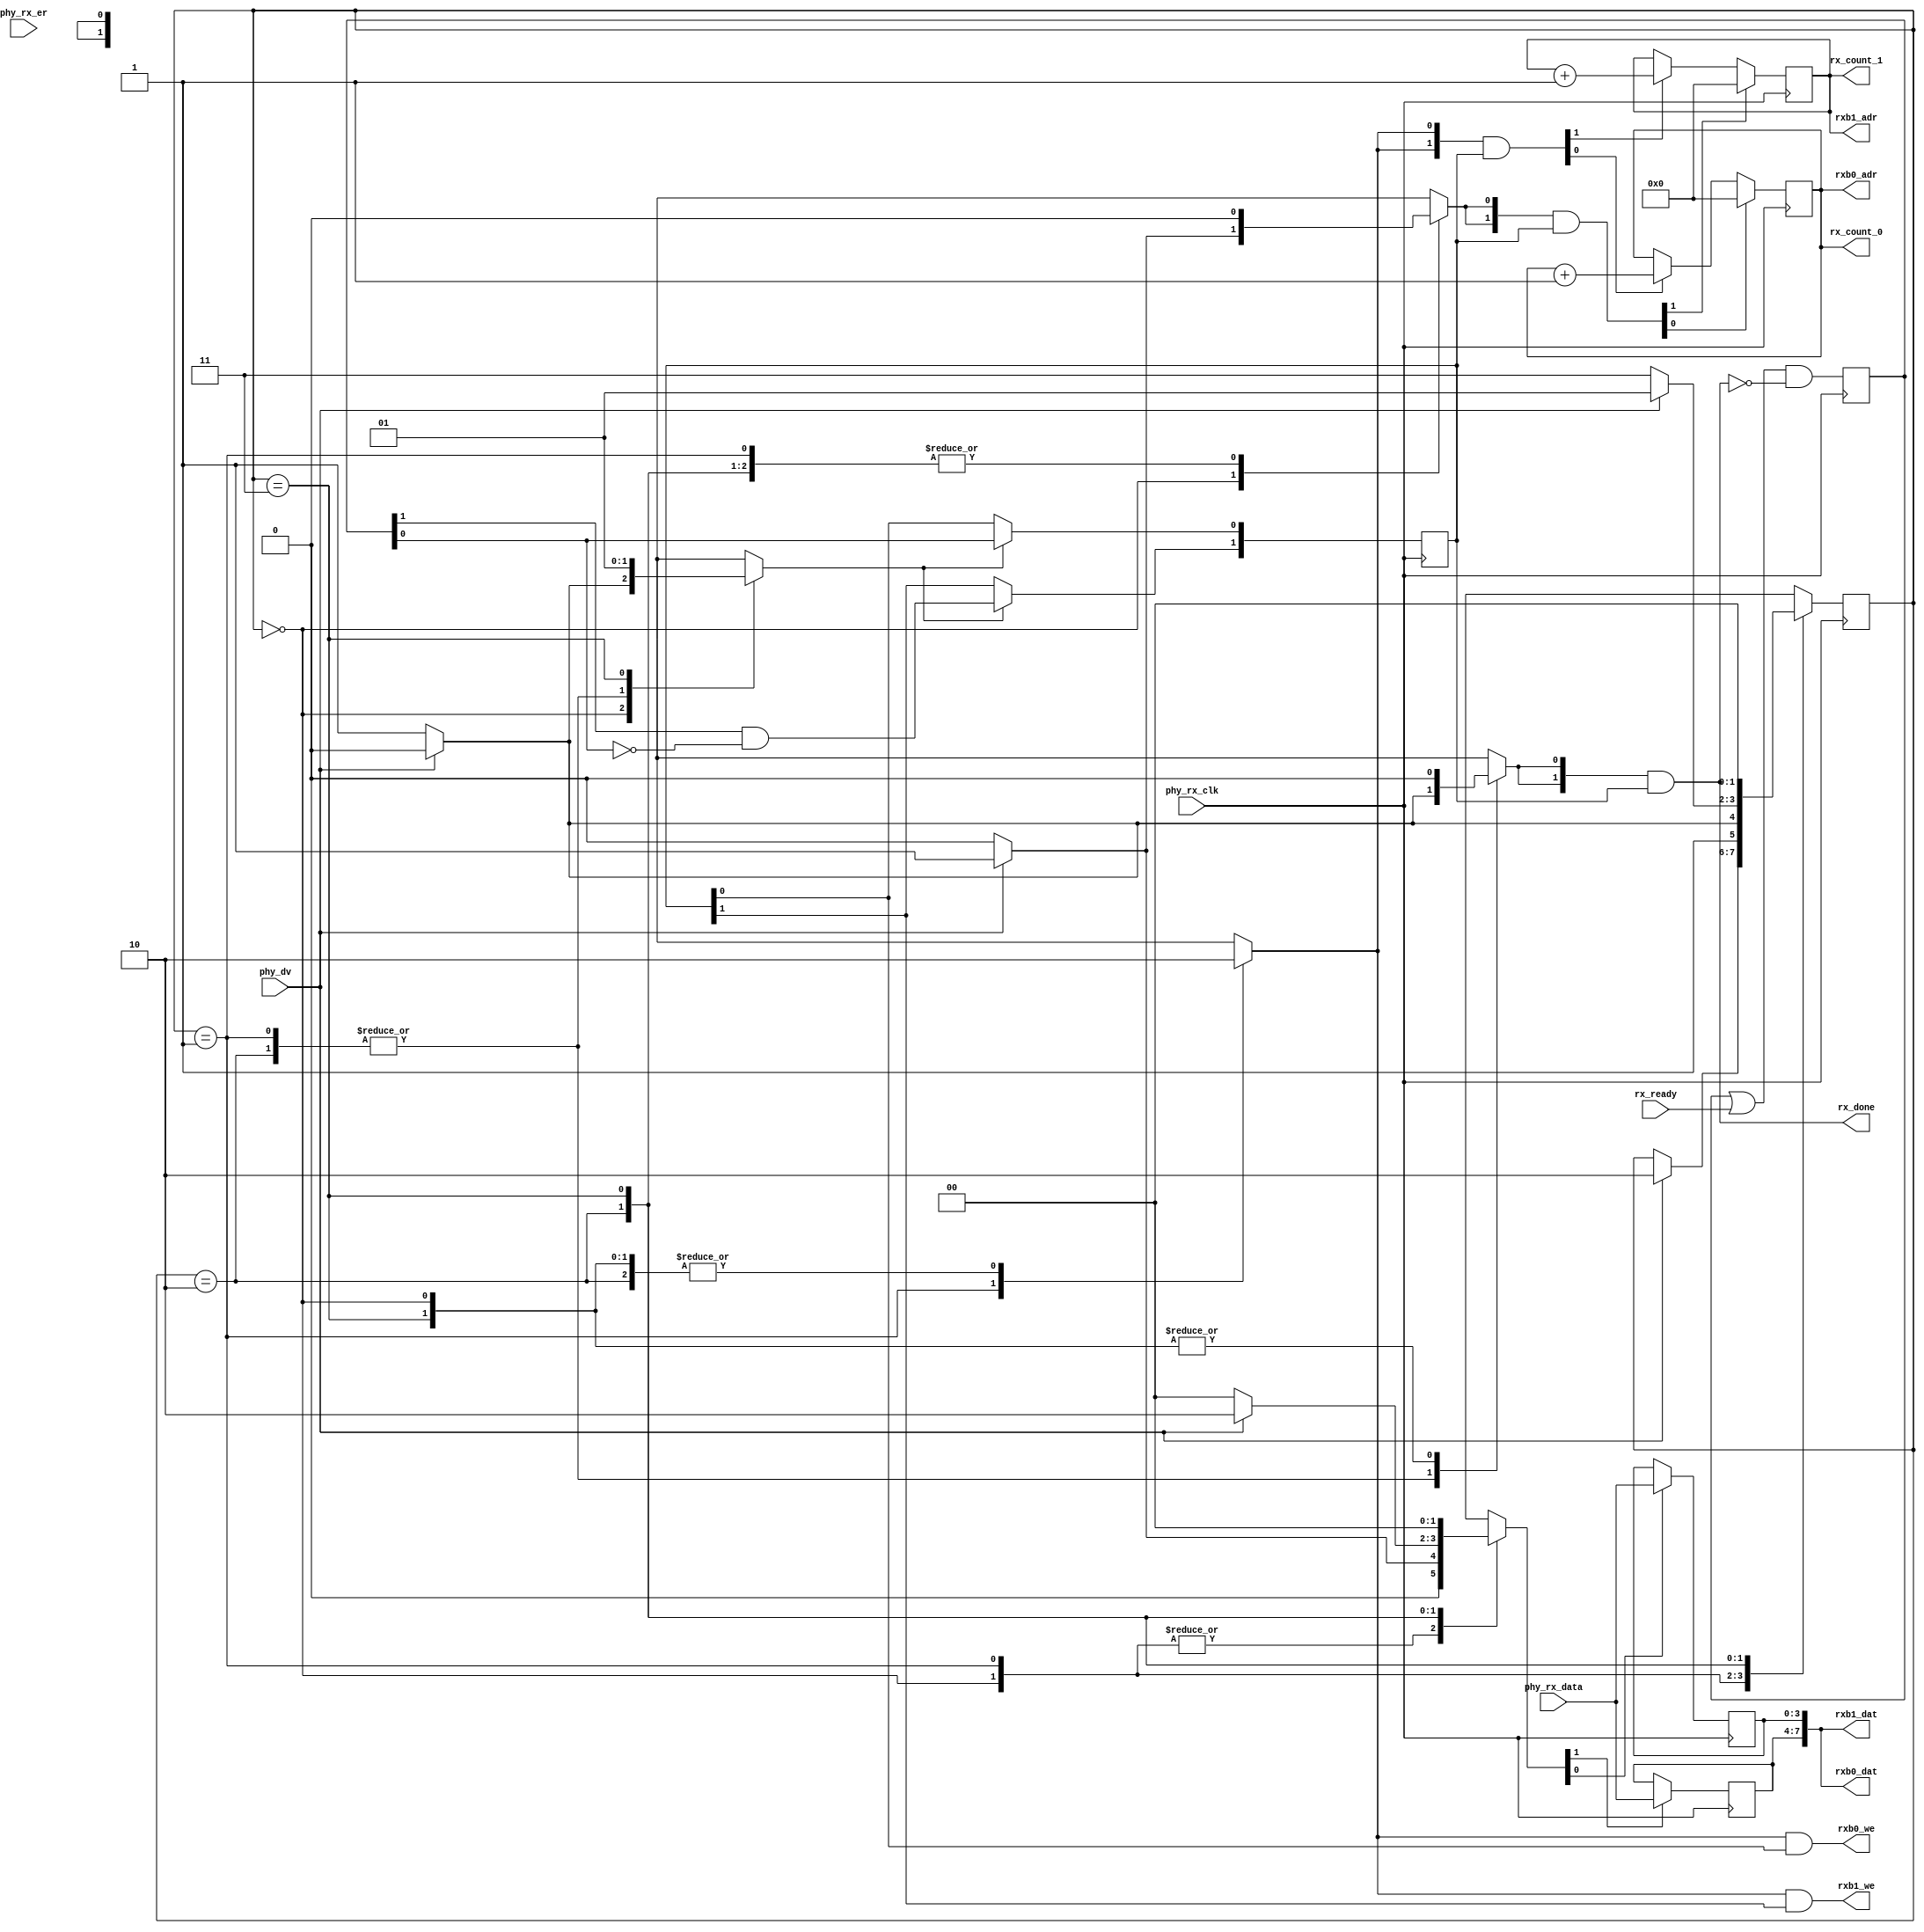
module minimac2_rx(
	input phy_rx_clk,
	
	input [1:0] rx_ready,
	output [1:0] rx_done,
	output reg [10:0] rx_count_0,
	output reg [10:0] rx_count_1,
	
	output [7:0] rxb0_dat,
	output [10:0] rxb0_adr,
	output rxb0_we,
	output [7:0] rxb1_dat,
	output [10:0] rxb1_adr,
	output rxb1_we,
	
	input phy_dv,
	input [3:0] phy_rx_data,
	input phy_rx_er
);

reg [1:0] available_slots;
always @(posedge phy_rx_clk)
	available_slots <= (available_slots | rx_ready) & ~rx_done;
initial available_slots <= 2'd0;

reg [1:0] used_slot;
reg used_slot_update;
always @(posedge phy_rx_clk) begin
	if(used_slot_update) begin
		used_slot[0] <= available_slots[0];
		used_slot[1] <= available_slots[1] & ~available_slots[0];
	end
end

reg rx_done_ctl;
assign rx_done = {2{rx_done_ctl}} & used_slot;

reg rx_count_reset_ctl;
reg rx_count_inc_ctl;
wire [1:0] rx_count_reset = {2{rx_count_reset_ctl}} & used_slot;
wire [1:0] rx_count_inc = {2{rx_count_inc_ctl}} & used_slot;
always @(posedge phy_rx_clk) begin
	if(rx_count_reset[0])
		rx_count_0 <= 11'd0;
	else if(rx_count_inc[0])
		rx_count_0 <= rx_count_0 + 11'd1;
	if(rx_count_reset[1])
		rx_count_1 <= 11'd0;
	else if(rx_count_inc[1])
		rx_count_1 <= rx_count_1 + 11'd1;
end

assign rxb0_adr = rx_count_0;
assign rxb1_adr = rx_count_1;
reg rxb_we_ctl;
assign rxb0_we = rxb_we_ctl & used_slot[0];
assign rxb1_we = rxb_we_ctl & used_slot[1];

reg [3:0] lo;
reg [3:0] hi;
reg [1:0] load_nibble;
always @(posedge phy_rx_clk) begin
	if(load_nibble[0])
		lo <= phy_rx_data;
	if(load_nibble[1])
		hi <= phy_rx_data;
end
assign rxb0_dat = {hi, lo};
assign rxb1_dat = {hi, lo};

reg [1:0] state;
reg [1:0] next_state;

parameter IDLE		= 2'd0;
parameter LOAD_LO	= 2'd1;
parameter LOAD_HI	= 2'd2;
parameter TERMINATE	= 2'd3;

initial state <= IDLE;
always @(posedge phy_rx_clk)
	state <= next_state;

always @(*) begin
	used_slot_update = 1'b0;
	rx_done_ctl = 1'b0;
	rx_count_reset_ctl = 1'b0;
	rx_count_inc_ctl = 1'b0;
	rxb_we_ctl = 1'b0;
	load_nibble = 2'b00;
	
	next_state = state;
	case(state)
		IDLE: begin
			used_slot_update = 1'b1;
			if(phy_dv) begin
				rx_count_reset_ctl = 1'b1;
				used_slot_update = 1'b0;
				load_nibble = 2'b01;
				next_state = LOAD_HI;
			end
		end
		LOAD_LO: begin
			rxb_we_ctl = 1'b1;
			rx_count_inc_ctl = 1'b1;
			if(phy_dv) begin
				load_nibble = 2'b01;
				next_state = LOAD_HI;
			end else begin
				rx_done_ctl = 1'b1;
				next_state = TERMINATE;
			end
		end
		LOAD_HI: begin
			if(phy_dv) begin
				load_nibble = 2'b10;
				next_state = LOAD_LO;
			end else begin
				rx_done_ctl = 1'b1;
				next_state = TERMINATE;
			end
		end
		TERMINATE: begin
			used_slot_update = 1'b1;
			next_state = IDLE;
		end
	endcase
end

endmodule